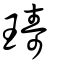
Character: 璹